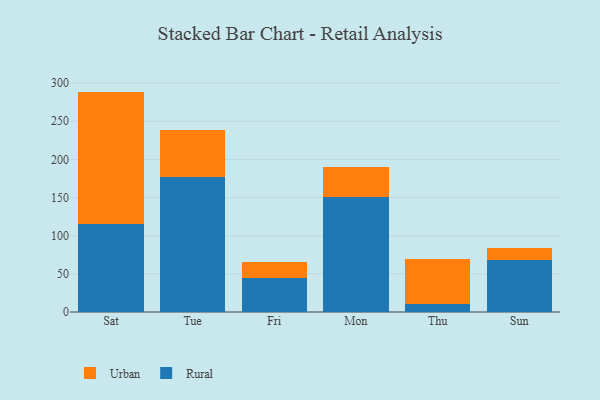
{"axis": {"x": "Day", "y": "Population (Million)"}, "legend": ["Rural", "Urban"], "data": [{"x": "Sat", "y": 115.4, "type": "Rural"}, {"x": "Sat", "y": 173.5, "type": "Urban"}, {"x": "Tue", "y": 177.6, "type": "Rural"}, {"x": "Tue", "y": 60.7, "type": "Urban"}, {"x": "Fri", "y": 45.0, "type": "Rural"}, {"x": "Fri", "y": 19.9, "type": "Urban"}, {"x": "Mon", "y": 151.4, "type": "Rural"}, {"x": "Mon", "y": 39.3, "type": "Urban"}, {"x": "Thu", "y": 10.8, "type": "Rural"}, {"x": "Thu", "y": 58.3, "type": "Urban"}, {"x": "Sun", "y": 68.5, "type": "Rural"}, {"x": "Sun", "y": 14.9, "type": "Urban"}]}